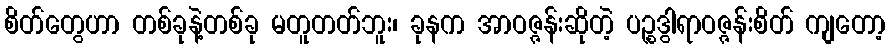
စိတ်တွေဟာ တစ်ခုနဲ့တစ်ခု မတူတတ်ဘူး၊ ခုနက အာဝဇ္ဇန်းဆိုတဲ့ ပဉ္စဒွါရာဝဇ္ဇန်းစိတ် ကျတော့